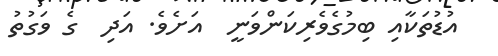
އުޑުތަކާއި ބިމުގެވެރިކަންވަނީ  އަށެވެ. އަދި  ގެ ވަގުތު